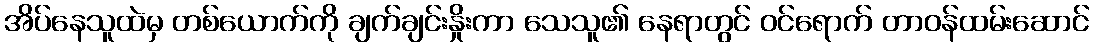
အိပ်နေသူထဲမှ တစ်ယောက်ကို ချက်ချင်းနှိုးကာ သေသူ၏ နေရာတွင် ဝင်ရောက် တာဝန်ထမ်းဆောင်